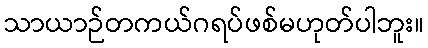
သာယာဉ်တကယ်ဂရပ်ဖစ်မဟုတ်ပါဘူး။